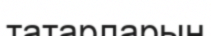
татарларын